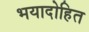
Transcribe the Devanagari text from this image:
भयादोहित